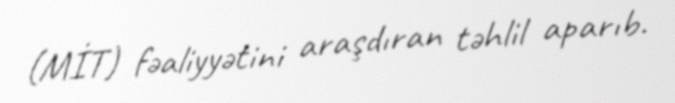
(MİT) fəaliyyətini araşdıran təhlil aparıb.